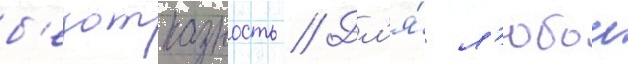
б'езотказность // Дл'я́ л'юбои